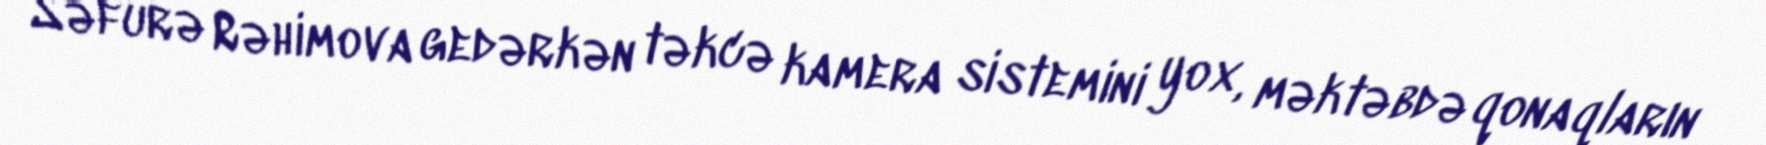
Səfurə Rəhimova gedərkən təkcə kamera sistemini yox, məktəbdə qonaqların